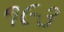
૧૯૩